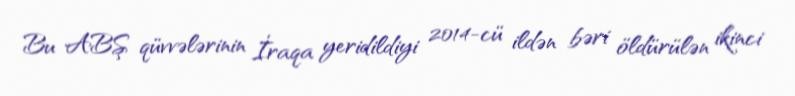
Bu ABŞ qüvvələrinin İraqa yeridildiyi 2014-cü ildən bəri öldürülən ikinci